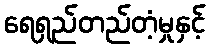
ရေရှည်တည်တံ့မှုနှင့်